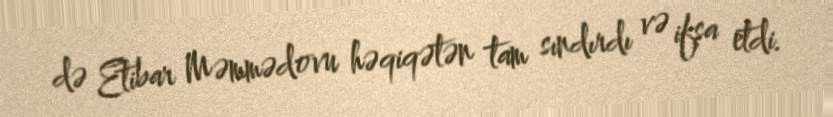
də Etibar Məmmədovu həqiqətən tam sındırdı və ifşa etdi.